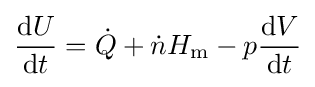
{\frac {\mathrm {d} U}{\mathrm {d} t}}={\dot {Q}}+{\dot {n}}H_{\text{m}}-p{\frac {\mathrm {d} V}{\mathrm {d} t}}